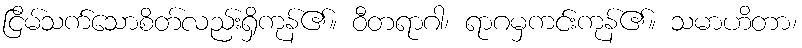
ငြိမ်သက်သောစိတ်လည်းရှိကုန်၏။ ဝီတရာဂါ၊ ရာဂမှကင်းကုန်၏။ သမာဟိတာ၊